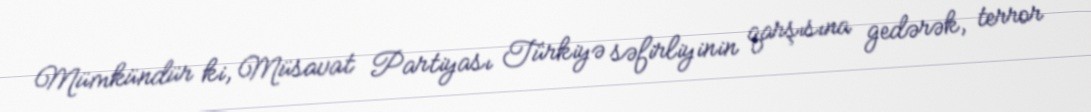
Mümkündür ki, Müsavat Partiyası Türkiyə səfirliyinin qarşısına gedərək, terror